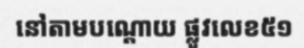
នៅតាមបណ្តោយ ផ្លូវលេខ៥១